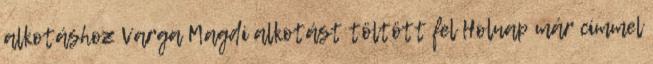
alkotáshoz Varga Magdi alkotást töltött fel Holnap már címmel